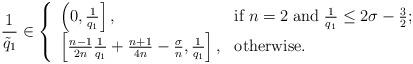
LaTeX: \begin{align*} \frac{1}{\tilde{q}_1} \in \left\{ \begin{array}{ll} \left(0, \frac{1}{q_1}\right], & \hbox{if}\; n=2\; \hbox{and}\; \frac{1}{q_1} \leq 2\sigma - \frac{3}{2};\\ \left[\frac{n-1}{2n}\frac{1}{q_1} + \frac{n+1}{4n} - \frac{\sigma}{n}, \frac{1}{q_1}\right], & \hbox{otherwise}. \end{array} \right.\end{align*}